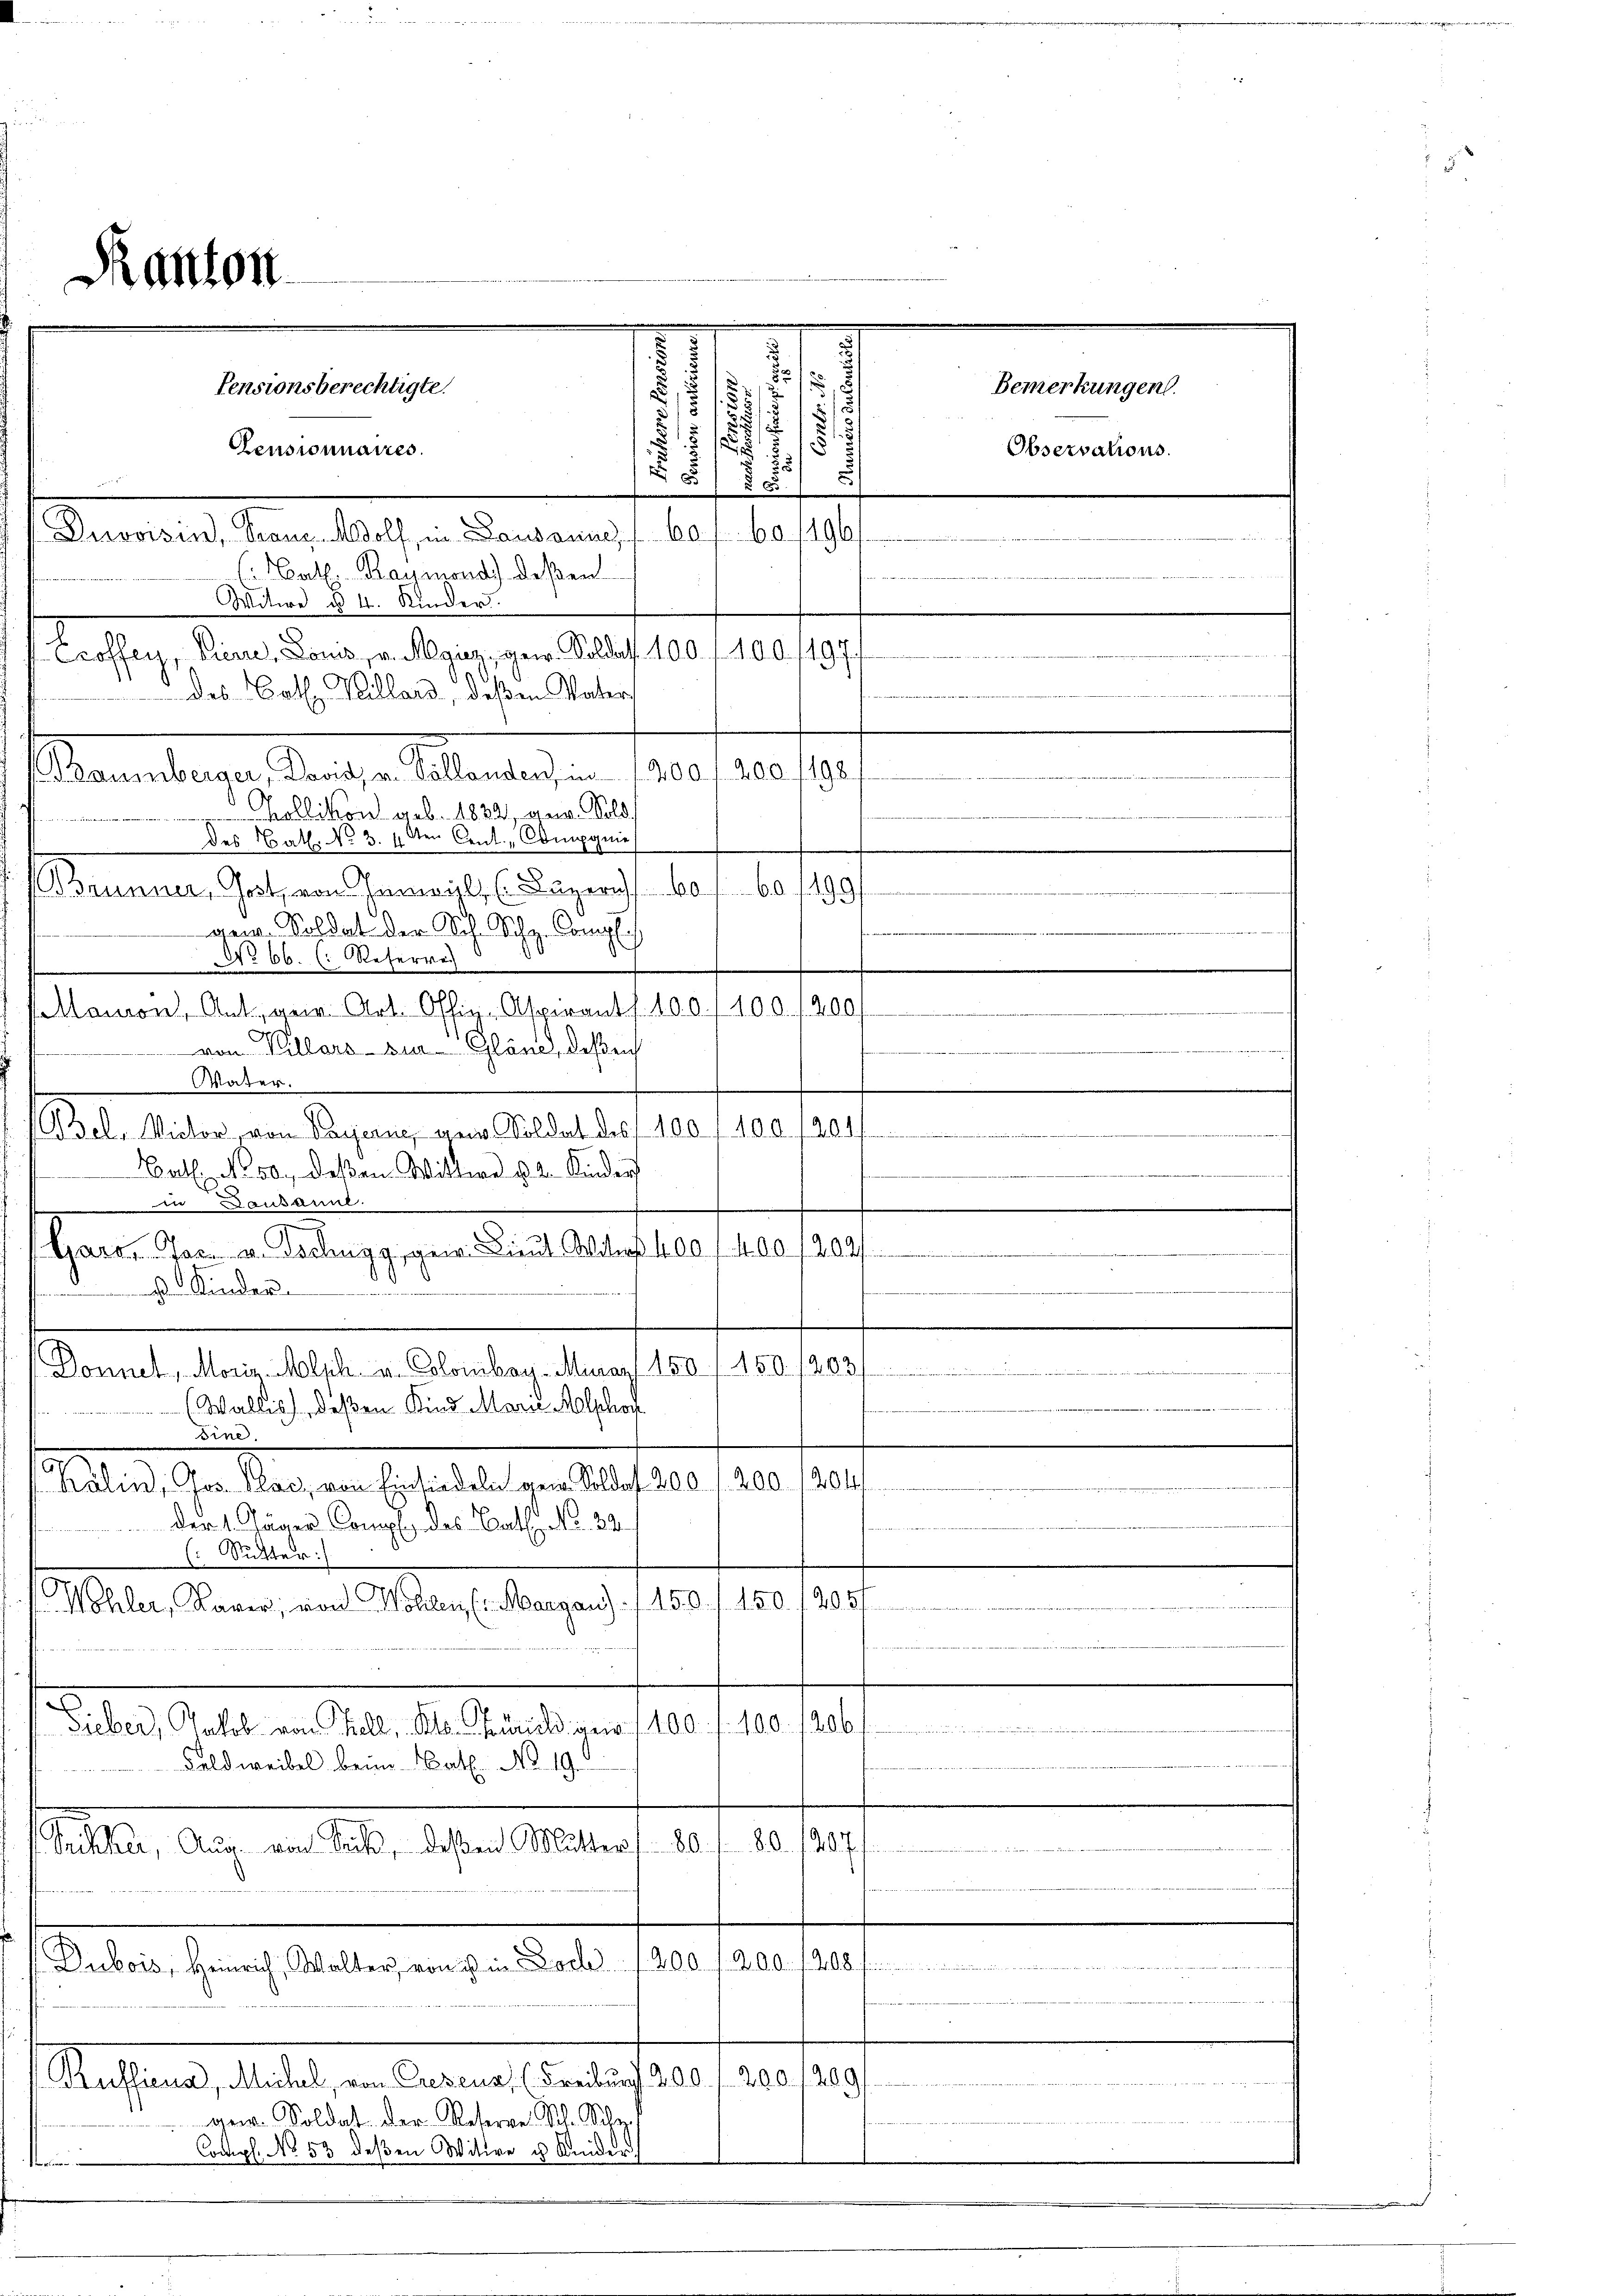
.
Pensionnaires.
u
Duvoisin, Franz. Wolf, in Lausanne 60
(Bath. Raymond) deßen
Witwe u 4. Kinder.
Croffen, Eier, Doms, v. Regier, gew. Soldass 100 f 400 /197.
des Cathe Villard, deßen Vater
f Baumburger, Kants an Sollendenden 1000, 280. 1921
Kollikon geb. 1832, gen. Sold
des Bath. No. 3. 12ten Cent. - Compagnie
(Brunner, Gest, von Inwyl, (Luzern) 601. 60199/
gem. Soldat der Sch. Schr. Compli
No 66. (: Referrech
Maion, Antigen Art. Offiz-Aspirants. 100. 400. 1200
 gan
von Killora - sie Gläse, deßen
Vater
(Bsel. Victor, von Payerne gew. Soldat des 100 f 400. 101
Cat. No. 50, deßen Wittwe v. 2. Kinder
ausannl
Gares Jac. u. Dochngg, gen. Lieut. Wer 400 f. 400 1202/
 Kinder
Donnel, Morin Molich u. Colombag-Muar 150 (150. /203
Wallis, deßen Kind Marie Malphor
dine.
Biland der Mangen Erhalten verstrafe es fre
der 1. Jäger Comp. des Barth. N. 32

C. Sutter :/
Wöhler, Kaver, von Wohlen (Margau). 1150. f. 150. 1905/
2

Sieber, Jakob von Thell, Al. Zürich gen 100. f. 100. 1206
Feldweibel beim Kath. No. 190
20 f.
d
Seckher, Aug. von Seck, deßen Mutter / 80

Dubois, Heinrich, Walter, von ist in Doch 1200 f 200 f 208 f
Kufliena, Michel, von Gresens, (Freiburg 200. 1. 200. 1200

gew. Soldat der Reserve Rl. Schy
Compl. No 53 deßen Witwe u Knider,
r

Kanton

Pensionsberechtigte.

.

2
s
27
2
s
 6

n der Art. 1941.
e

.

196.

Bemerkungen.
Observations.

i
.